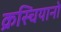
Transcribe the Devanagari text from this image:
क्रस्चियानो